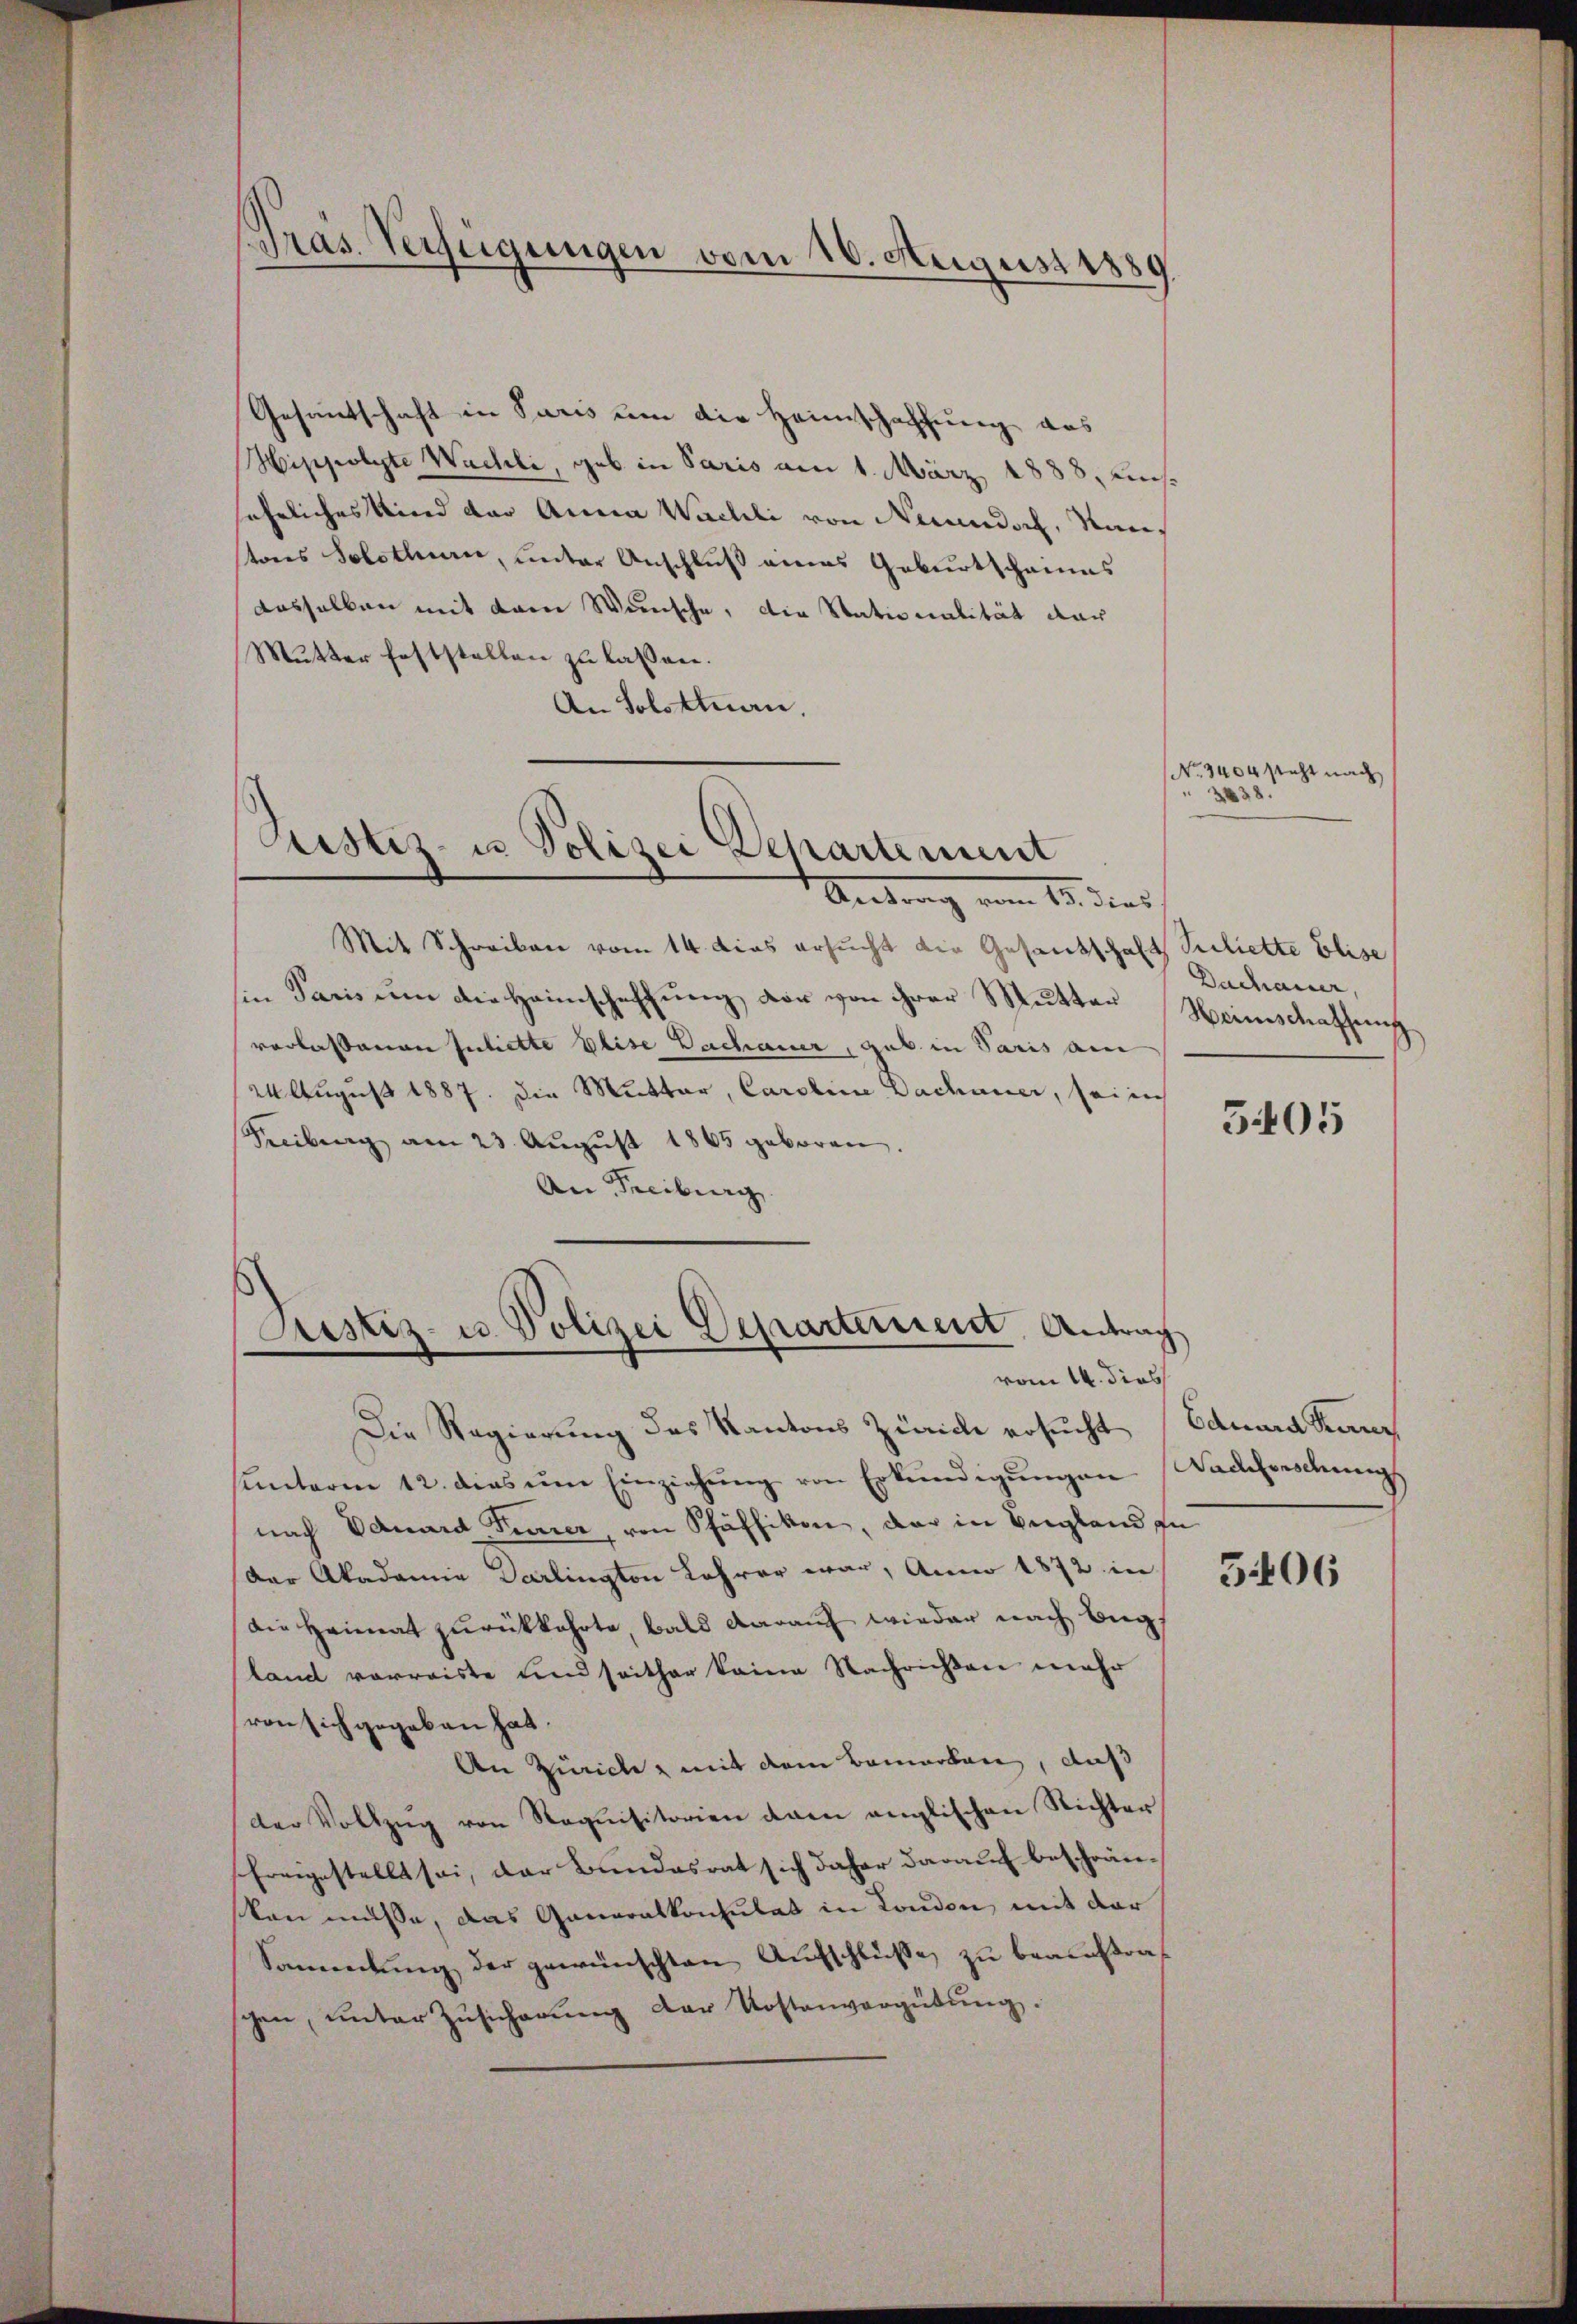
Pras Verfügungen vom 16. August 1889

Gesandschaft in Paris um die Heimschaffung aus
Hippolyte Wachli, geb. in Paris am 1. März 1888. Aus
ehrliches Kind der Anna Waeldi von Necundorf, Nautons Solothurn, unter Anschluß eines Geburtscheines
dasselben mit dem Wunsche, die Stationalität dar
Mutter feststellen zu laßen.
An Solotten.

Justiz- u Polizei Departement
Antrag vom 10. dies

Mit Schreiben vom 14. dies ersucht die Gesandschaft Juliette Elise
sin Paris um die Heimschaffung vor von ihrer Mutter
verlassenen Intrette Elise Dachauer, Gub. in Paris an
24 August 1887. Die Mutter, Caroline Dachauer, sei in
Freiburg am 23. August 1865 geboren.
An Freiburg

Die Regierung des Kantons Zürich ersucht
ŭnterm 12. dies ŭm Einziehŭng von Erkundigŭngen
nach Eduard Finner, von Pfäffikon, der in England zu
Der Akademie Darlington Lehrer war, Anno 1872 in
Die Heimat zurückkehrte, bald darauf wieder nach Beg
land vorreiste und seither keine Nachrichten mehr
ren sich gegeben hat.
An Zürich mit dem Bemerken, daß
der Vollzŭg von Requisitorien dann anglischen Nichter
sfreigestellt sei, der Bundesrat sich daher darauf beschränsten müsse, das Generalkonsulat in London, mit der
Sammlung der gewünschten Aufschlüße zu beauftragen, ŭnter Zŭsicherŭng der Kostenvergütŭng.

Justiz- u. Polizei Departement. Antrag
vom 14. dies

No. 3404 steht nach
2438.

Dachauer,
Weinschaffung

5405

Eduard Kanz
Nachforschung

5406